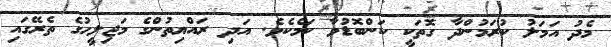
މެދު އަމަލު ކުރަމުންދާ ގޮތަކީ ކަންބޮޑުވާ ކަމެކެވެ. އަދި ރައްޔިތުންގެ މަޖިލީހުގެ ތެރޭގައި